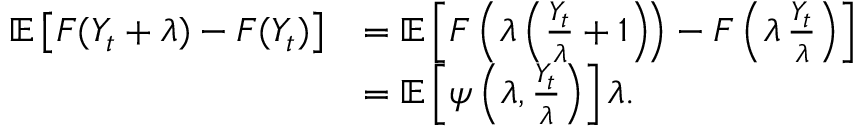
\begin{array} { r l } { \mathbb { E } \left[ F ( Y _ { t } + \lambda ) - F ( Y _ { t } ) \right] } & { = \mathbb { E } \left[ F \left( \lambda \left( \frac { Y _ { t } } { \lambda } + 1 \right) \! \right) - F \left( \lambda \, \frac { Y _ { t } } { \lambda } \right) \right] } \\ & { = \mathbb { E } \left[ \psi \left( \lambda , \frac { Y _ { t } } { \lambda } \right) \right] \lambda . } \end{array}